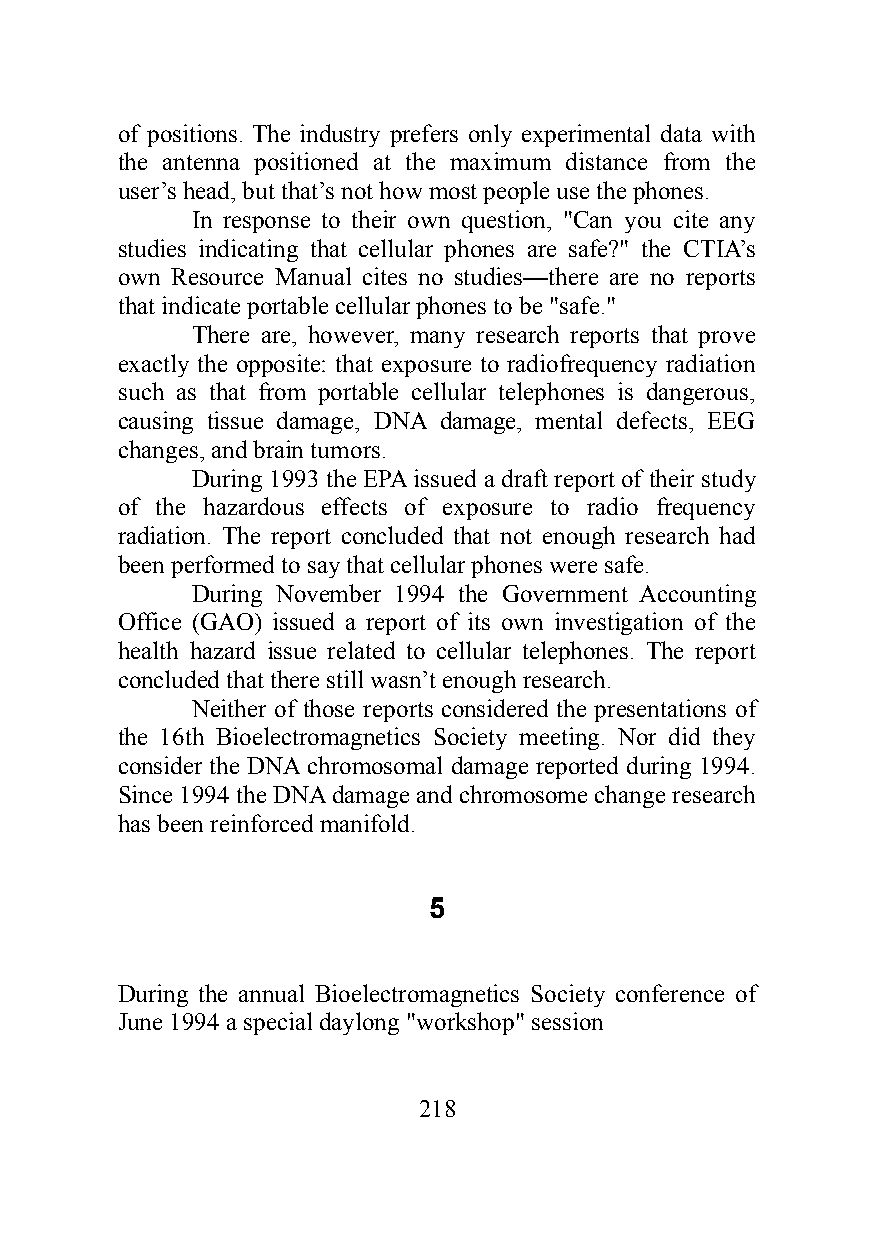
of positions. The industry prefers only experimental data with
 the antenna positioned at the maximum distance from the
 user’s head, but that’s not how most people use the phones.
 In response to their own question, "Can you cite any
 studies indicating that cellular phones are safe?" the CTIA’s
 own Resource Manual cites no studies—there are no reports
 that indicate portable cellular phones to be "safe."
 There are, however, many research reports that prove
 exactly the opposite: that exposure to radiofrequency radiation
 such as that from portable cellular telephones is dangerous,
 causing tissue damage, DNA damage, mental defects, EEG
 changes, and brain tumors.
 During 1993 the EPA issued a draft report of their study
 of the hazardous effects of exposure to radio frequency
 radiation. The report concluded that not enough research had
 been performed to say that cellular phones were safe.
 During November 1994 the Government Accounting
 Office (GAO) issued a report of its own investigation of the
 health hazard issue related to cellular telephones. The report
 concluded that there still wasn’t enough research.
 Neither of those reports considered the presentations of
 the 16th Bioelectromagnetics Society meeting. Nor did they
 consider the DNA chromosomal damage reported during 1994.
 Since 1994 the DNA damage and chromosome change research
 has been reinforced manifold.
 5
 During the annual Bioelectromagnetics Society conference of
 June 1994 a special daylong "workshop" session
 218